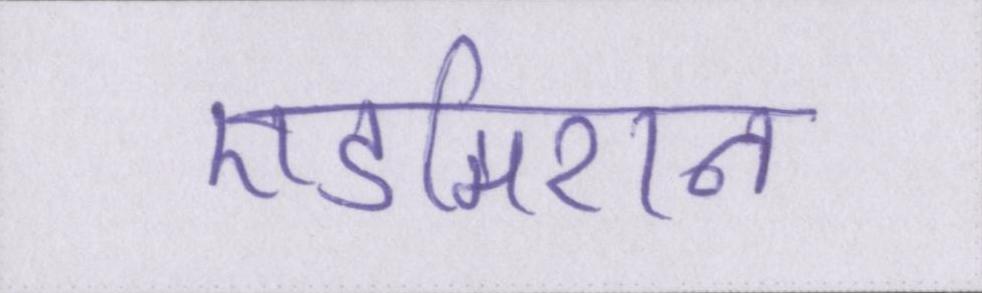
एडमिशन